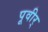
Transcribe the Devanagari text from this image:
पूवीर्